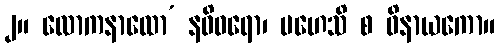
၂။ လောကနာထော’ နဓိဝရော၊ မဟေသိ စ ဝိနာယကော။